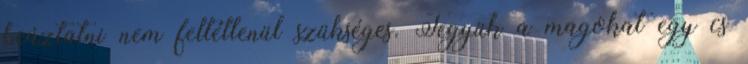
beáztatni nem feltétlenül szükséges. Tegyük a magokat egy cs